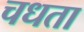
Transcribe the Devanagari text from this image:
चधता